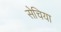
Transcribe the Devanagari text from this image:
सेचिया